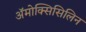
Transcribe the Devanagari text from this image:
ॲमोक्सिसिलिन